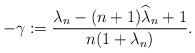
LaTeX: \begin{align*} -\gamma:= \frac{\lambda_{n}-(n+1)\widehat{\lambda}_{n}+1}{n(1+\lambda_{n})}.\end{align*}